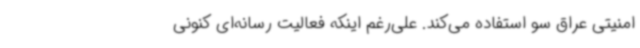
امنیتی عراق سو استفاده می‌کند. علی‌رغم اینکه فعالیت رسانه‌ای کنونی